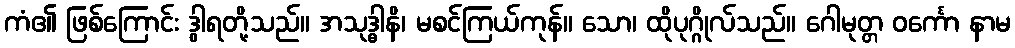
ကံ၏ ဖြစ်ကြောင်း ဒွါရတို့သည်။ အသုဒ္ဓါနိ၊ မစင်ကြယ်ကုန်။ သော၊ ထိုပုဂ္ဂိုလ်သည်။ ဂေါမုတ္တ ဝင်္ကော နာမ